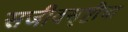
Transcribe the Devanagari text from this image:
सजीवसृष्टीचा